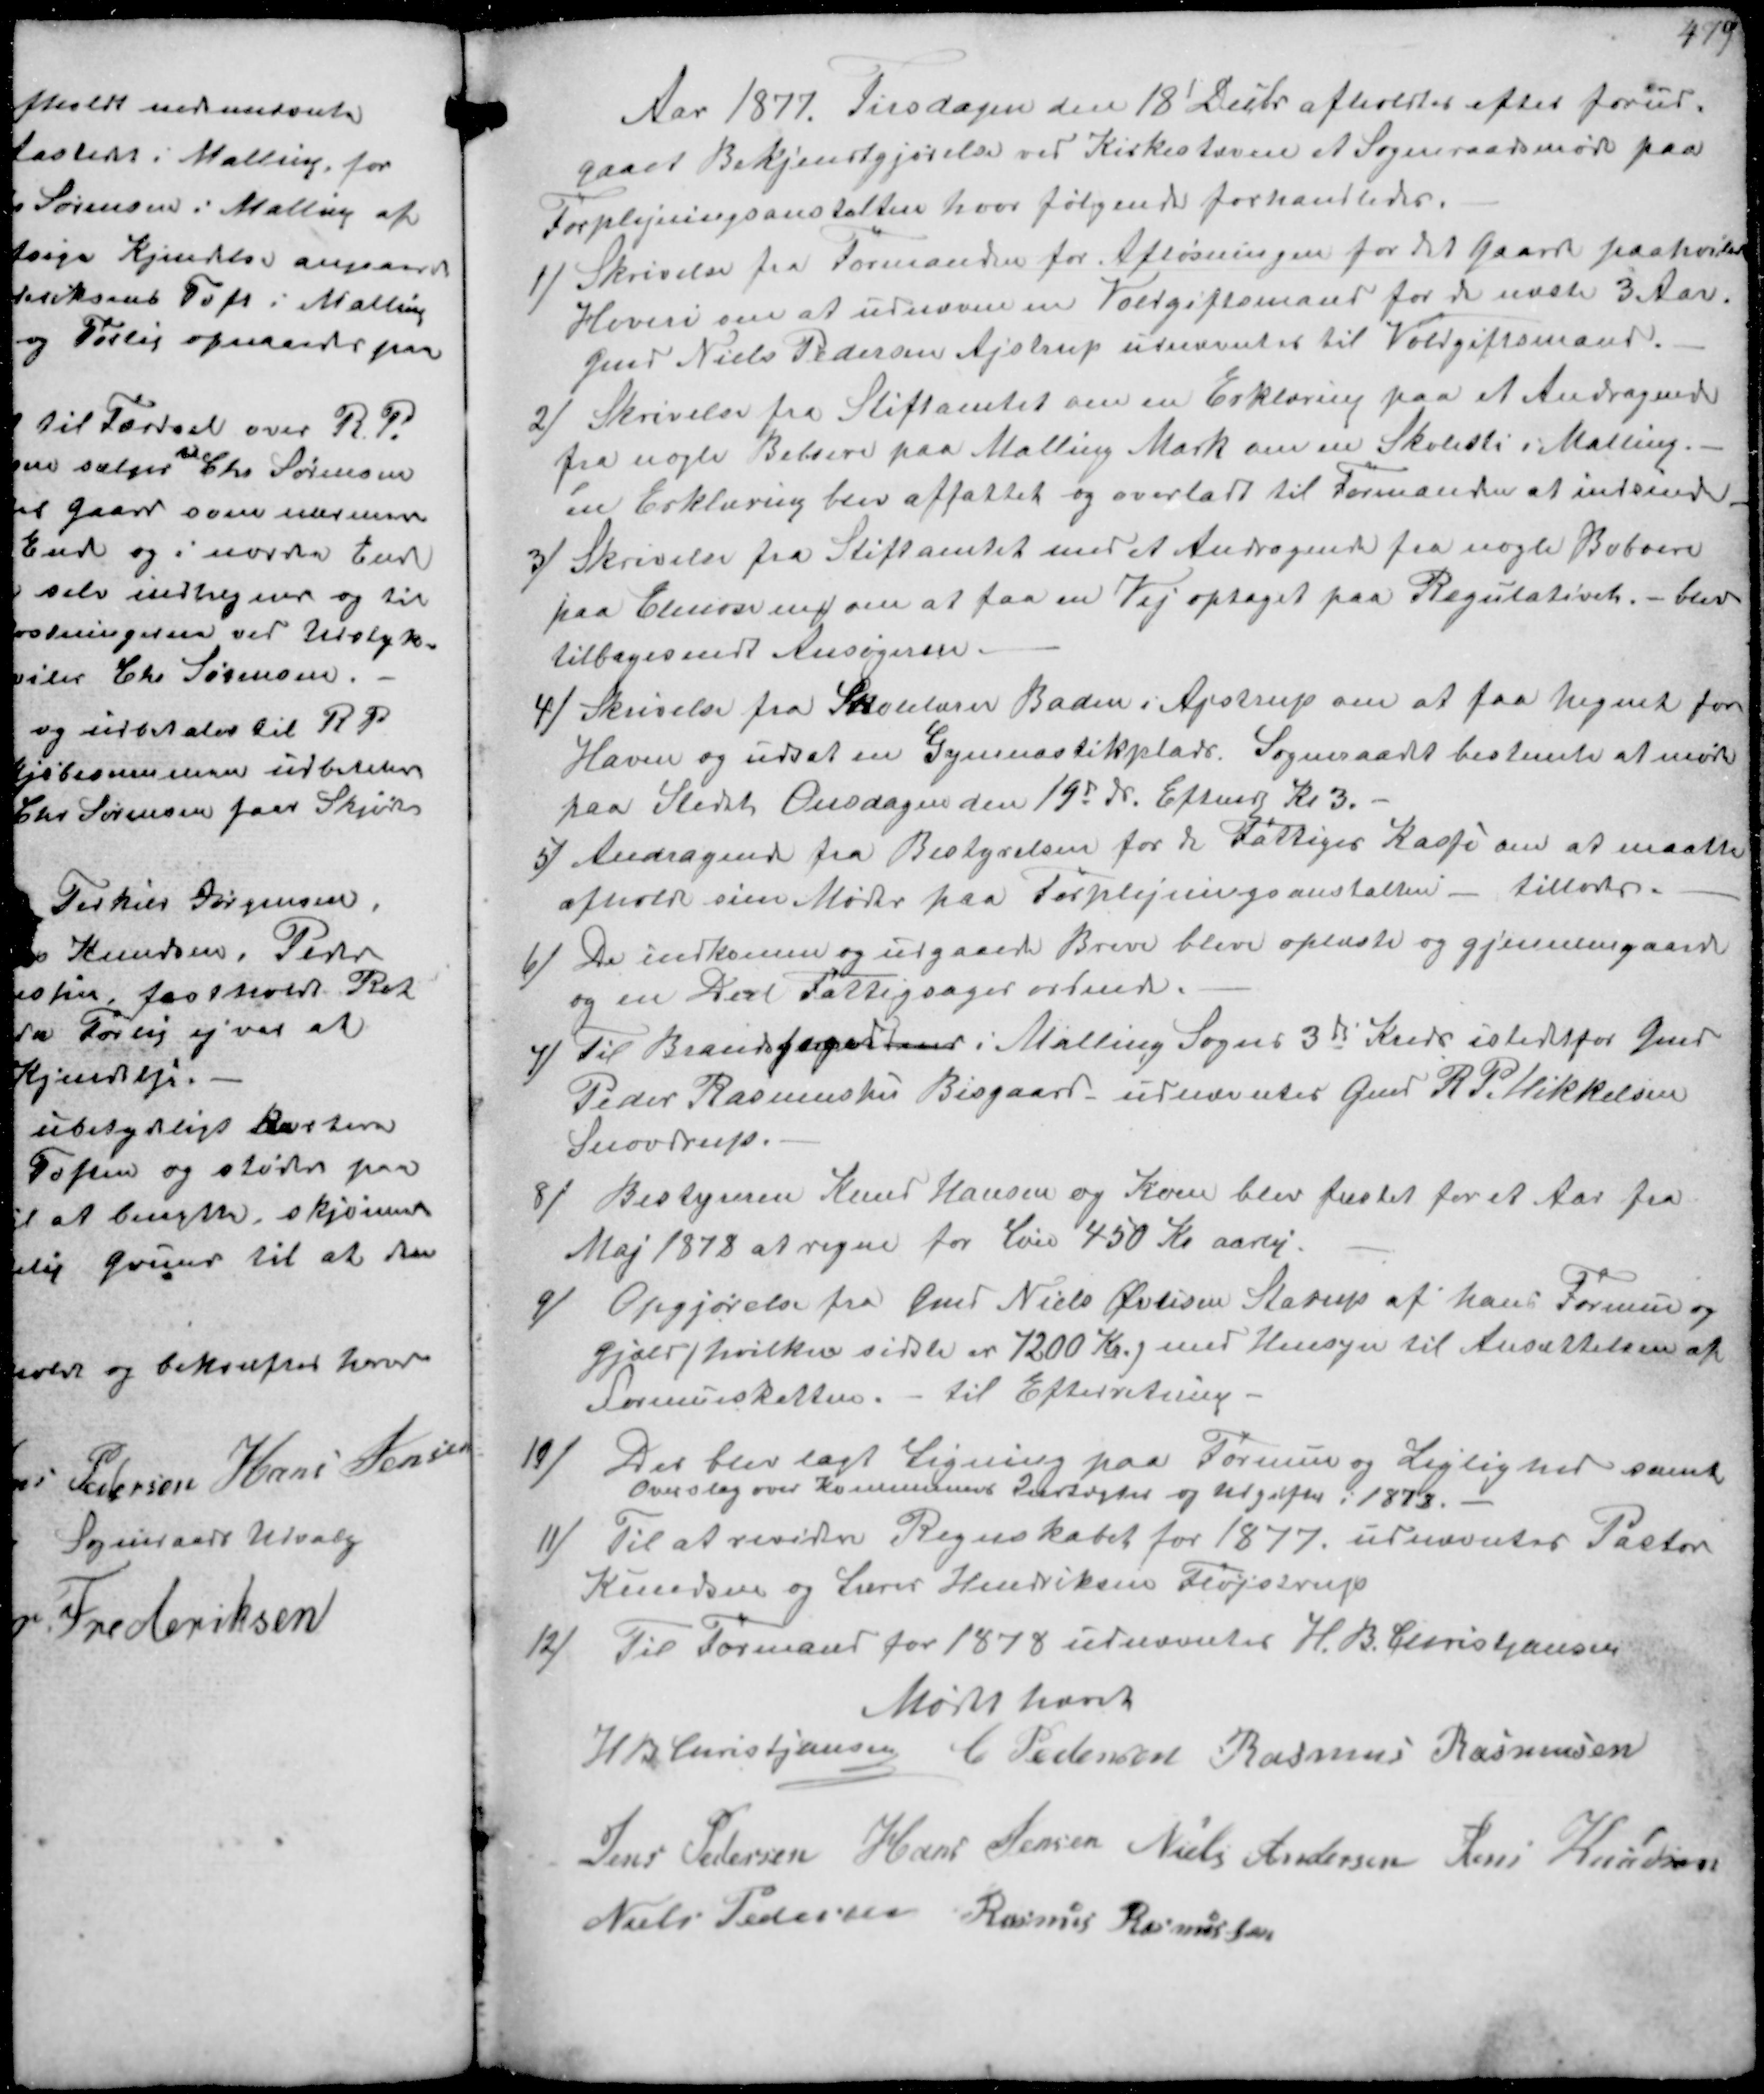
Transskription:
Aar 1877. Tirsdagen den 18' Decbr afholdtes efter forud-
gaaer Bekjendtgjørelse ved Kirkestævne et Sogneraadsmøde paa
Forplejningsanstalten hvor følgende forhandledes.
1/ Skrivelse fra Formanden for Afløsningen for det Gaarde paahvilende
Hoveri om at udnævne en Voldgiftsmand for de næste 3 Aar.
Gmd Niels Pedersen Ajstrup udnævntes til Voldgiftsmand.
2) Skrivelse fra Stiftamtet om en Erklæring paa et Andragende
fra nogle Beboere paa Malling Mark om en Skolesti i Malling.
en Erklæring blev affattet og overladt til Formanden at indsende
3) Skrivelse fra Stiftamtet med et Andragende fra nogle Beboere
paa Elmosevej om at faa en Vej optaget paa Regulativet. - blev
tilbagesendt Ansøgeren.

4) Skrivelse fra Skolelærer Baden i Ajstrup om at faa hegnet for
Haven og udsat en Gymnastikplads. Sogneraadet bestemte at møde
paa Stedet Onsdagen den 19d ds. Eftm Kl 3.
5/ Andragende fra Bestyrelsen for de Fattiges Kasse om at maatte
afholde sin Møder paa Forplejningsanstalten - tillades.
6/ De indkomme og udgaaede Breve bleve oplæste og gjennemgaaede
og en Del Fattigsager ordnedes
7/ til Brandfogedmand i Malling Sogns 3d Kreds istedtfor Gmd
Peder Rasmussen Bisgaard udnævntes Gmd R P Mikkelsen
Snovdrup.
8/ Bestyreren Knud Hansen og Kone blev fæstet for et Aar fra
Maj 1878 at regne for Løn 450 Kr aarlig.
9/ Opgjørelse fra Gmd Niels Øvlisen Starup af hans Formue og
Gjæld hvilken sidste er 7200 Kr med Hensyn til Ansættelsen af
Formueskatten. til Efterretning.
10/ Det blev lagt Ligning paa Formue og Lejlighed samt
Overslag over Kommunen Indtægter og Udgifter i 1878
11/ Til at revidere Regnskabet for 1877 udnævntes Pastor
Knudsen og Lærer Hendriksen Fløjstrup
12/
Til Formand for 1878 udnævntes H. B. Christjansen
Mødt hævet
H B Christjansen C Pedersen Rasmus Rasmussen
Jens Pedersen Hans Jensen Niels Andersen Jens Knudsen
Niels Pedersen Rasmus Rasmussen